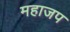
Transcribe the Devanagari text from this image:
महाजप